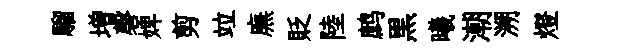
騮増磬婢剪竝廡貶陸鹧黒曦潮溯燈